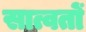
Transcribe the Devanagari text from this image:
सात्वतों